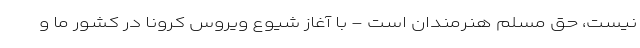
نیست، حق مسلم هنرمندان است - با آغاز شیوع ویروس کرونا در کشور ما و